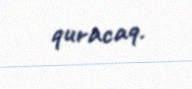
quracaq.